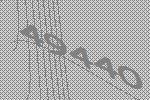
49440